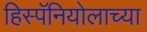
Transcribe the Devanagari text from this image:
हिस्पॅनियोलाच्या